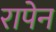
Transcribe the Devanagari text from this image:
रापेन